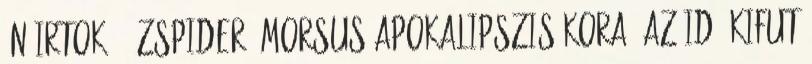
én irtok" - Zspider Morsus Apokalipszis Kora: Az Idő Kifut